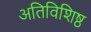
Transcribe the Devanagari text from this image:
अतिविशिष्ठ